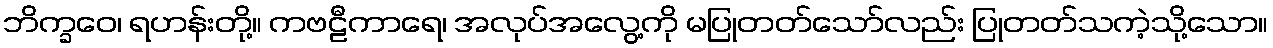
ဘိက္ခဝေ၊ ရဟန်းတို့။ ကဗဠီကာရေ၊ အလုပ်အလွေ့ကို မပြုတတ်သော်လည်း ပြုတတ်သကဲ့သို့သော။